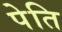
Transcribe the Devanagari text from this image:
पेति